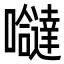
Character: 𭌸